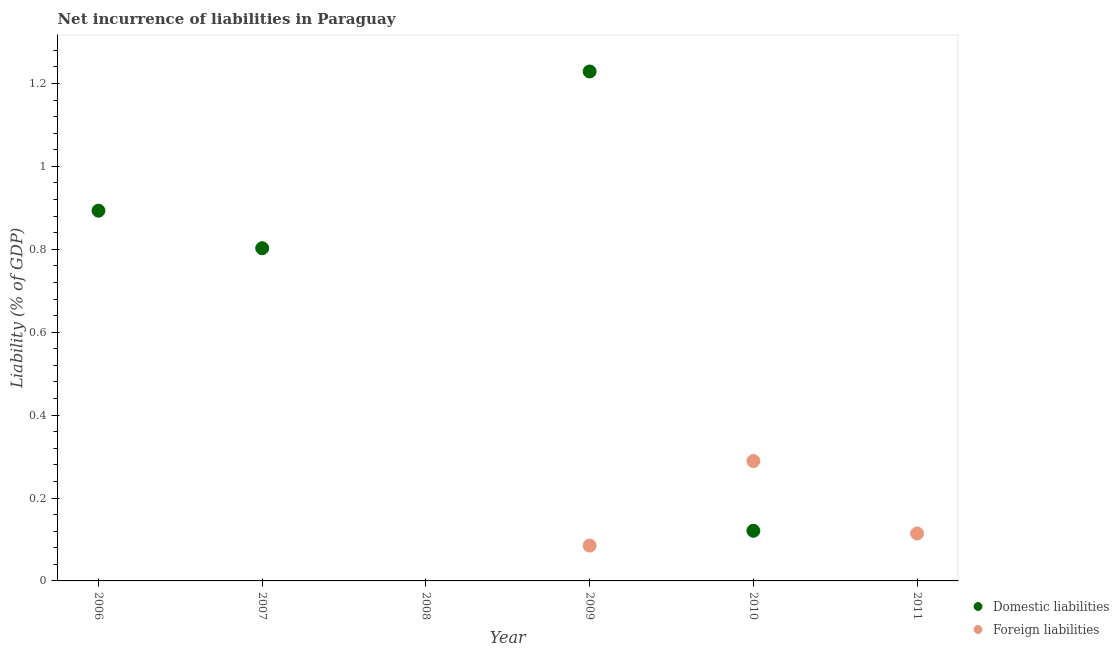
| Year | Domestic liabilities | Foreign liabilities |
 | --- | --- | --- |
 | 2006 | 0.893 | -0.257 |
 | 2007 | 0.803 | -0.308 |
 | 2008 | -0.537 | -0.446 |
 | 2009 | 1.23 | 0.0853 |
 | 2010 | 0.121 | 0.289 |
 | 2011 | -0.437 | 0.114 |